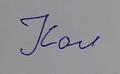
Signature authenticity: forged